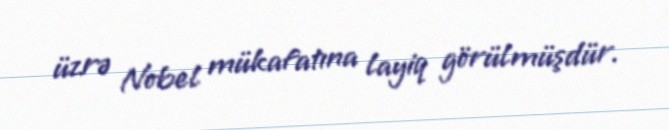
üzrə Nobel mükafatına layiq görülmüşdür.